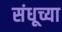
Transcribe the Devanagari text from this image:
संधूच्या